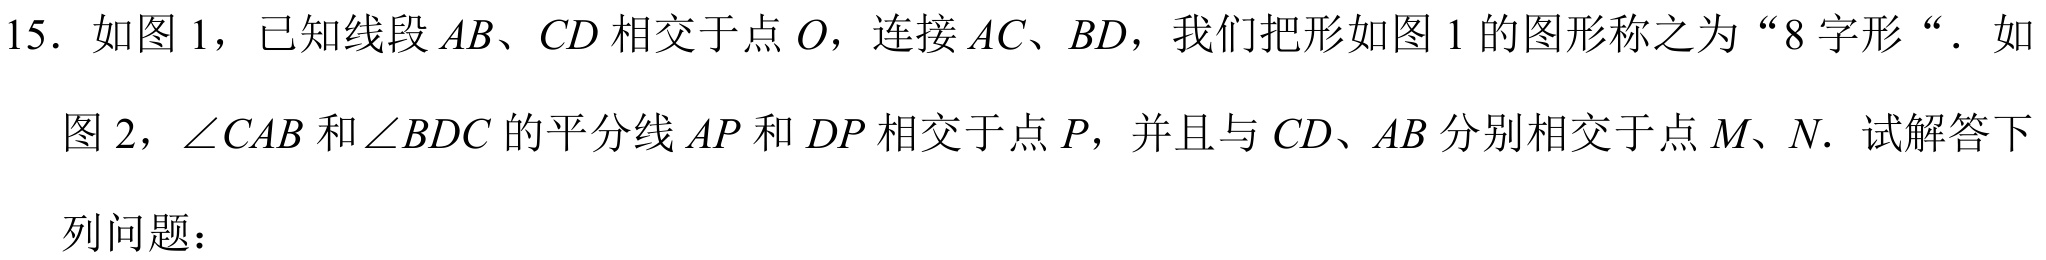
15. 如图1，已知线段 \(AB、CD\) 相交于点 \(O\)，连接 \(AC、BD\)，我们把形如图1的图形称之为“8字形“．如图2，\(\angle CAB\) 和 \(\angle BDC\) 的平分线 \(AP\) 和 \(DP\) 相交于点 \(P\)，并且与 \(CD、AB\) 分别相交于点 \(M、N\)．试解答下列问题：